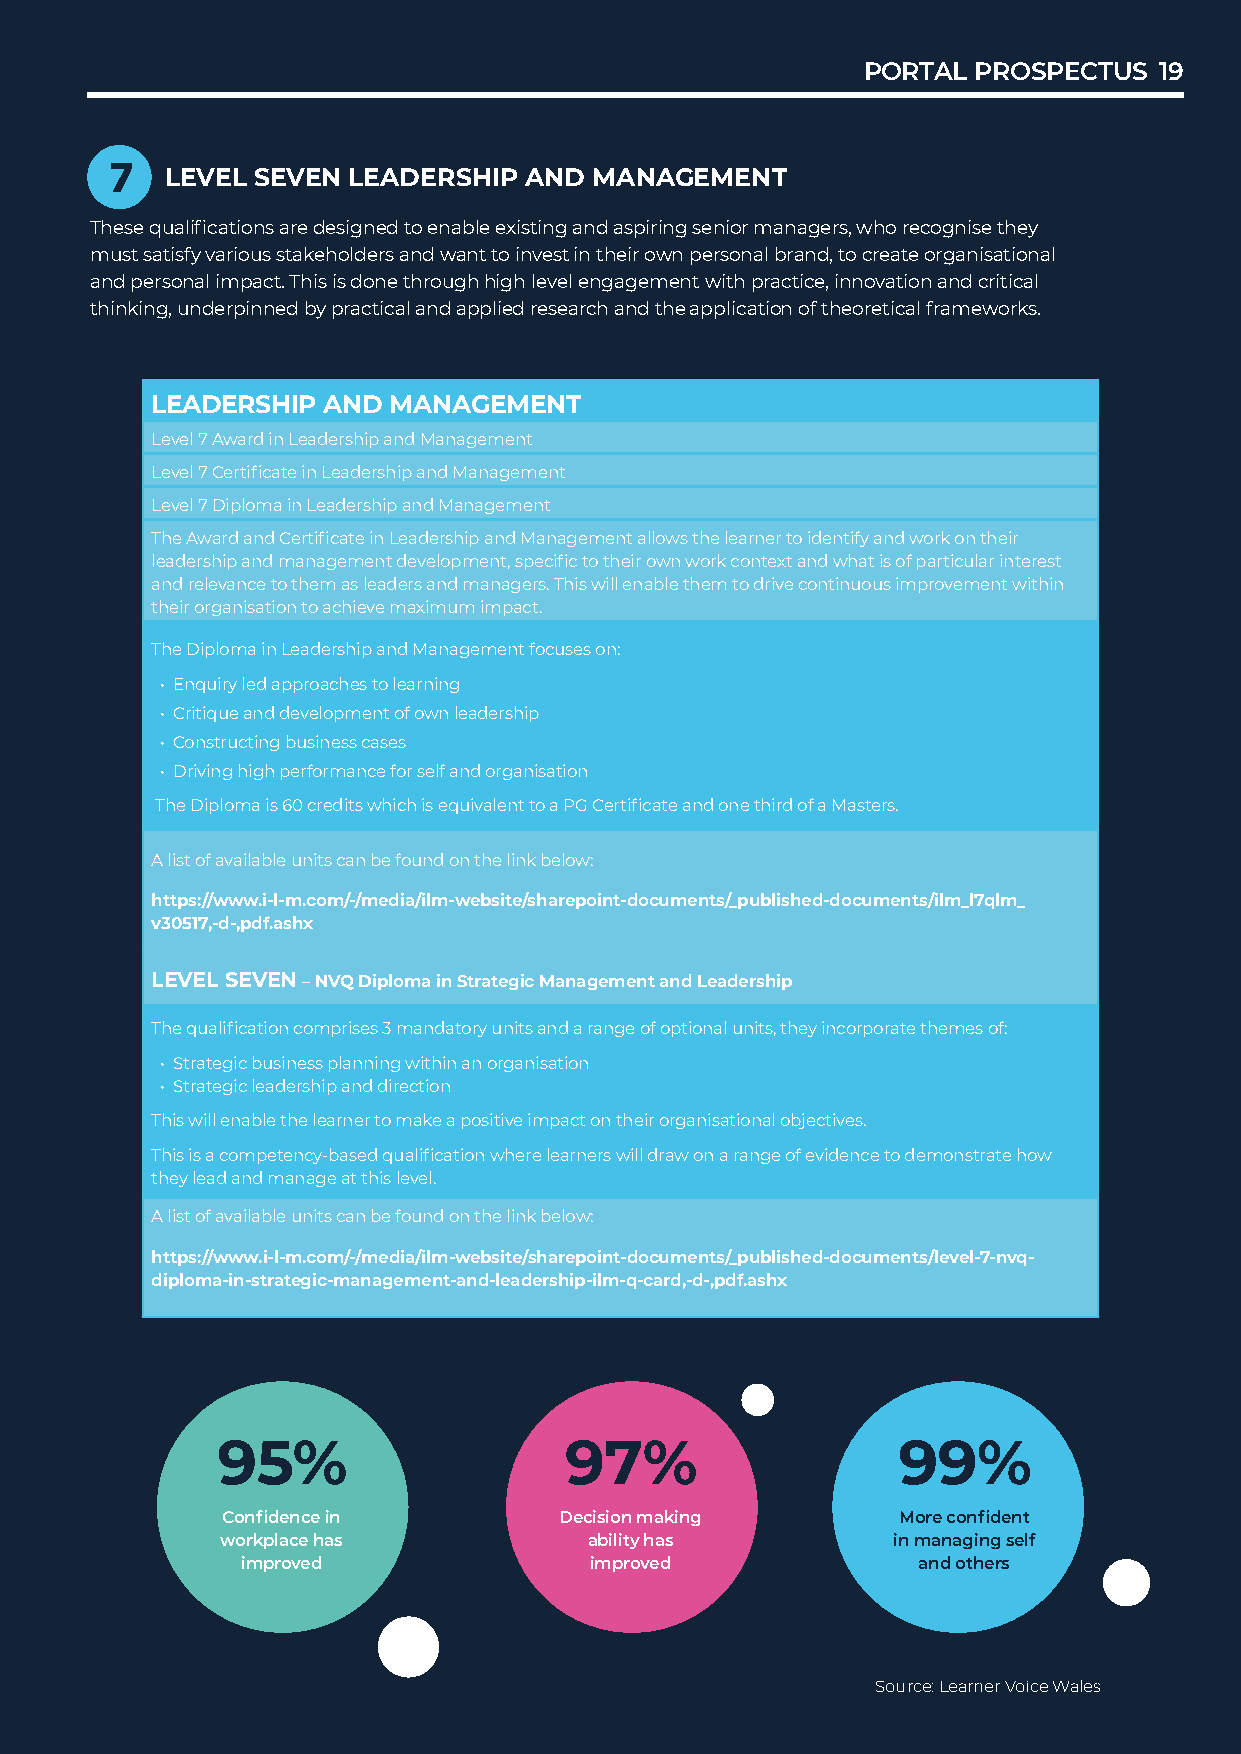
PORTAL PROSPECTUS   19
 7   LEVEL SEVEN LEADERSHIP  AND MANAGEMENT
 These qualifications are designed to enable existing and aspiring senior managers, who recognise they
 must satisfy various stakeholders and want to invest in their own personal brand, to create organisational
 and personal impact. This is done through high level engagement with practice, innovation and critical
 thinking, underpinned by practical and applied research and the application of theoretical frameworks.
 LEADERSHIP AND  MANAGEMENT
 Level 7 Award in Leadership and Management
 Level 7 Certificate in Leadership and Management
 Level 7 Diploma in Leadership and Management
 The Award and Certificate in Leadership and Management allows the learner to identify and work on their
 leadership and management development, specific to their own work context and what is of particular interest
 and relevance to them as leaders and managers. This will enable them to drive continuous improvement within
 their organisation to achieve maximum impact.
 The Diploma in Leadership and Management focuses on:
 • Enquiry led approaches to learning
 • Critique and development of own leadership
 • Constructing business cases
 • Driving high performance for self and organisation
 The Diploma is 60 credits which is equivalent to a PG Certificate and one third of a Masters.
 A list of available units can be found on the link below:
 https://www.i-l-m.com/-/media/ilm-website/sharepoint-documents/_published-documents/ilm_l7qlm_
 v30517,-d-,pdf.ashx
 LEVEL SEVEN – NVQ Diploma in Strategic Management and Leadership
 The qualification comprises 3 mandatory units and a range of optional units, they incorporate themes of:
 • Strategic business planning within an organisation
 • Strategic leadership and direction
 This will enable the learner to make a positive impact on their organisational objectives.
 This is a competency-based qualification where learners will draw on a range of evidence to demonstrate how
 they lead and manage at this level.
 A list of available units can be found on the link below:
 https://www.i-l-m.com/-/media/ilm-website/sharepoint-documents/_published-documents/level-7-nvq-
 diploma-in-strategic-management-and-leadership-ilm-q-card,-d-,pdf.ashx
 95%                    97%                   99%
 Confidence in         Decision making       More confident
 workplace has           ability has         in managing self
 improved               improved              and others
 Source: Learner Voice Wales